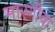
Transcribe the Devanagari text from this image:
मारगोवा